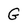
Character: G